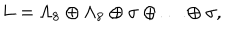
LaTeX: L = \Lambda _ { 8 } \oplus \Lambda _ { 8 } \oplus \sigma \oplus \ldots \oplus \sigma ,